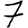
Digit: 7